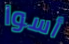
أسوا